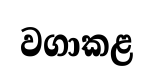
වගාකළ